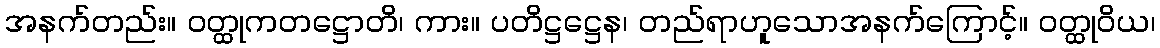
အနက်တည်း။ ဝတ္ထုကတဋ္ဌောတိ၊ ကား။ ပတိဋ္ဌဋ္ဌေန၊ တည်ရာဟူသောအနက်ကြောင့်။ ဝတ္ထုဝိယ၊